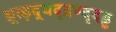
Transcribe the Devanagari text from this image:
थ्र्त्ड़द्धदृद्रण्दृदड्ढ